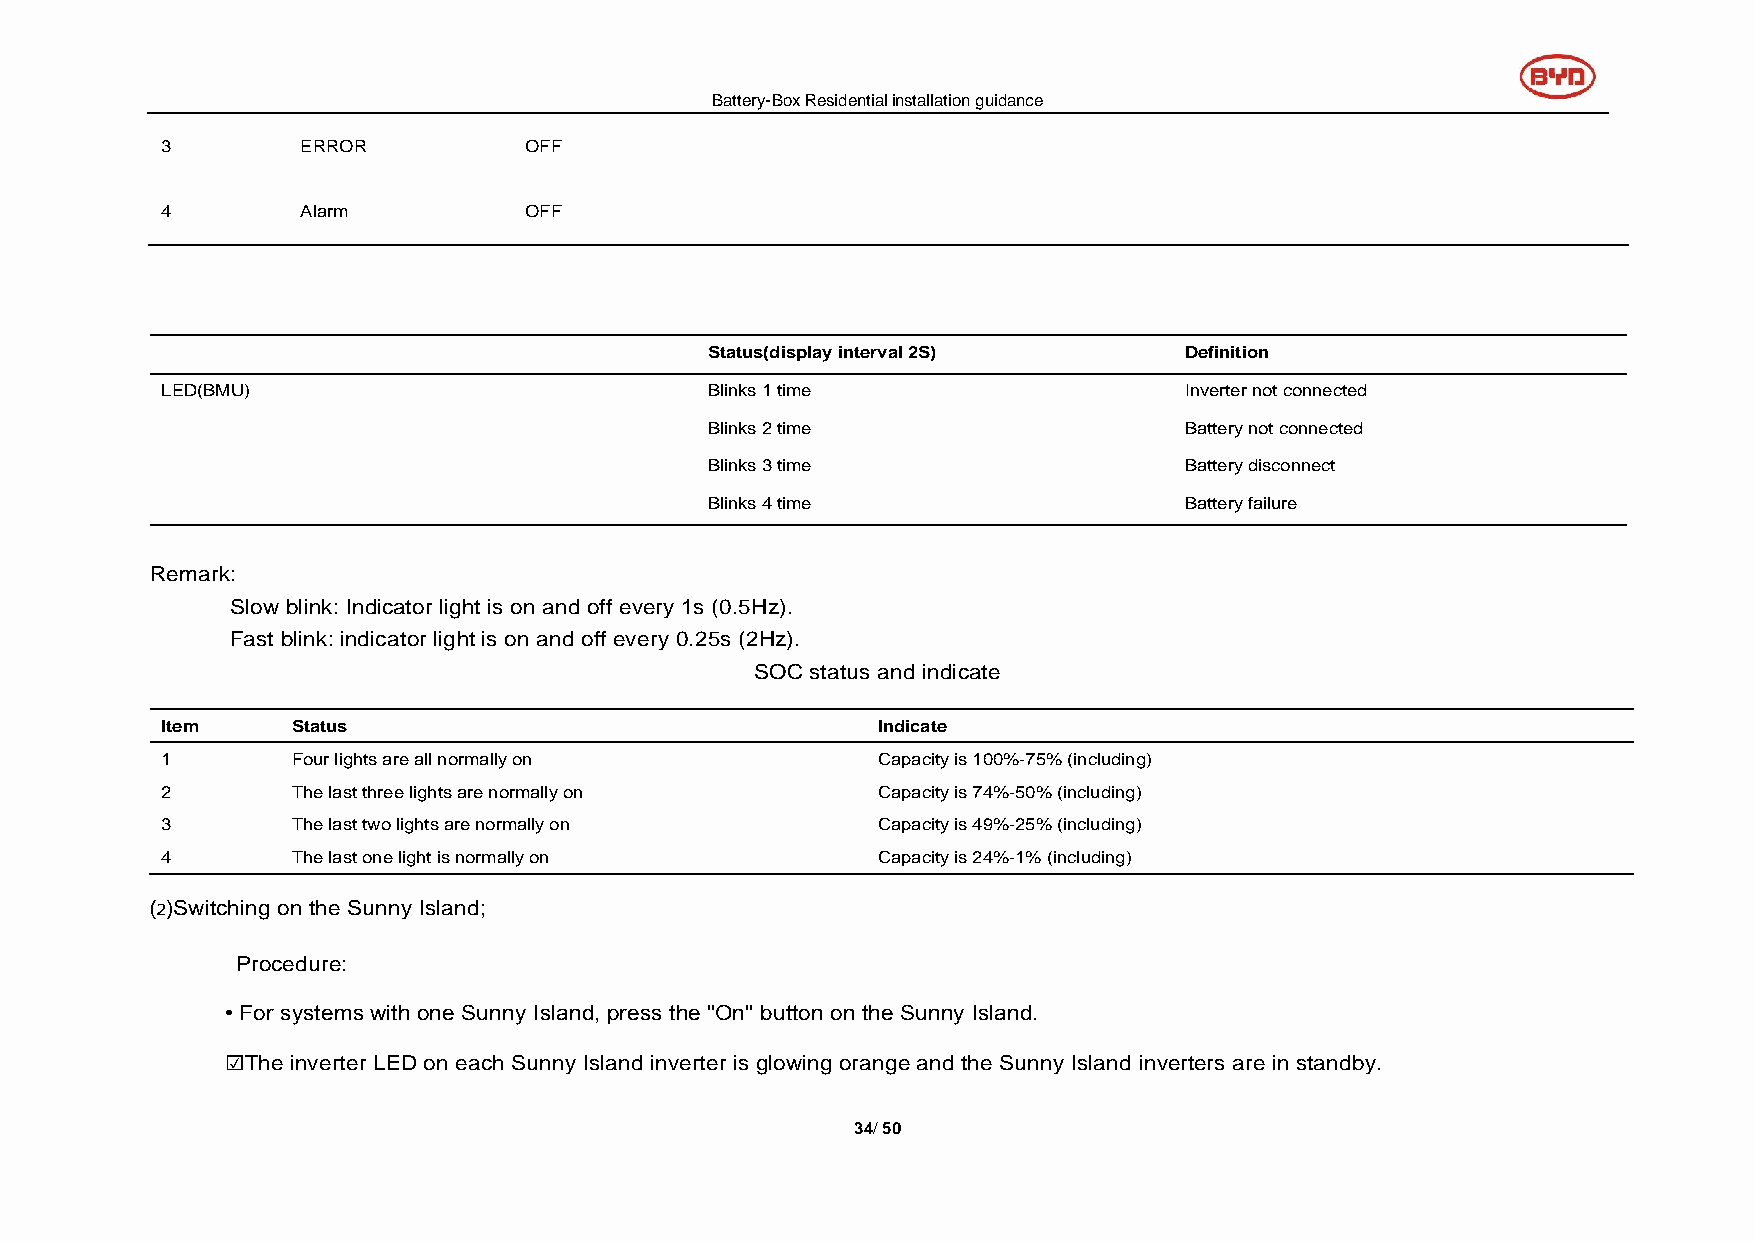
Battery-Box Residential installation guidance
 3        ERROR          OFF
 4        Alarm          OFF
 Status(display interval 2S)    Definition
 LED(BMU)                            Blinks 1 time                  Inverter not connected
 Blinks 2 time                  Battery not connected
 Blinks 3 time                  Battery disconnect
 Blinks 4 time                  Battery failure
 Remark:
 Slow blink: Indicator light is on and off every 1s (0.5Hz).
 Fast blink: indicator light is on and off every 0.25s (2Hz).
 SOC status and indicate
 Item    Status                                 Indicate
 1       Four lights are all normally on        Capacity is 100%-75% (including)
 2       The last three lights are normally on  Capacity is 74%-50% (including)
 3       The last two lights are normally on    Capacity is 49%-25% (including)
 4       The last one light is normally on      Capacity is 24%-1% (including)
 ⑵Switching on the Sunny Island;
 Procedure:
 • For systems with one Sunny Island, press the "On" button on the Sunny Island.
 ☑The inverter LED on each Sunny Island inverter is glowing orange and the Sunny Island inverters are in standby.
 34/ 50